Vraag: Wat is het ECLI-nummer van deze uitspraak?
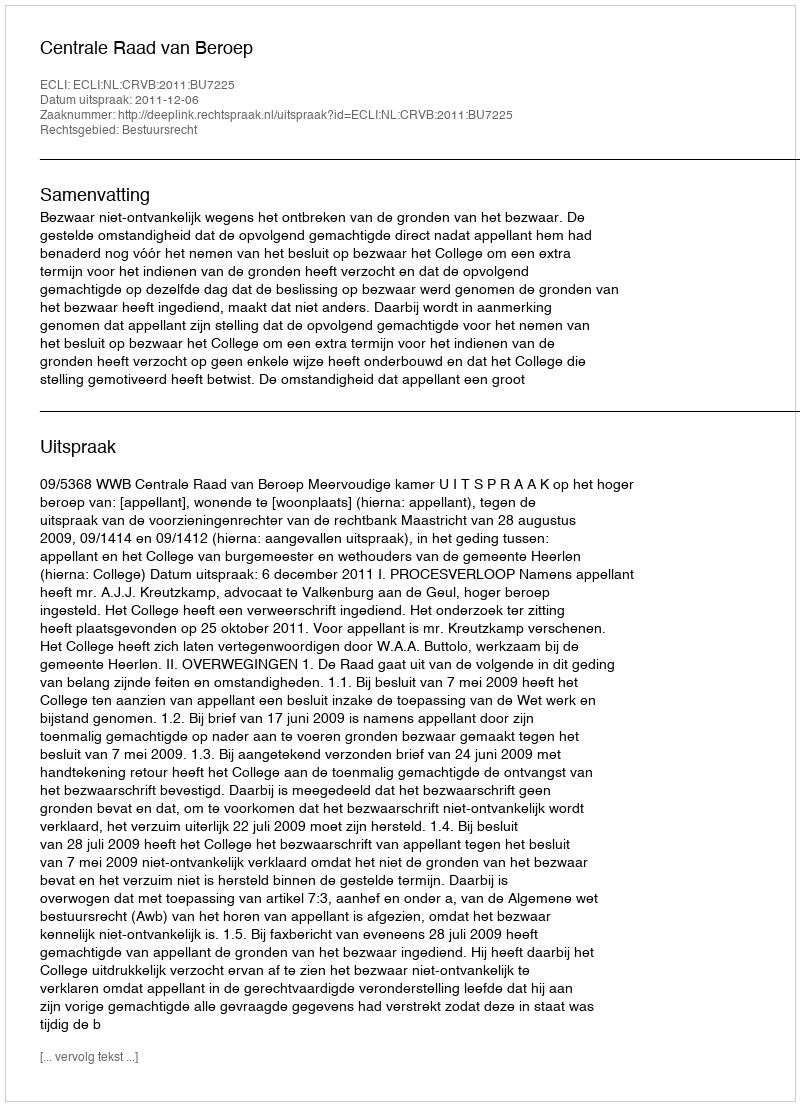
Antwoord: ECLI:NL:CRVB:2011:BU7225